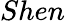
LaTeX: Shen